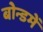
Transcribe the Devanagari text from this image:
बोन्डमें